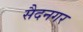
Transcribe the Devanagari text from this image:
सैदनगर